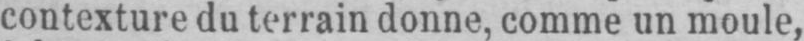
contexture du terrain donne, comme un moule,